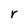
Character: r